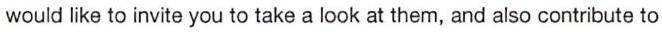
would like to invite you to take a look at them, and also contribute to